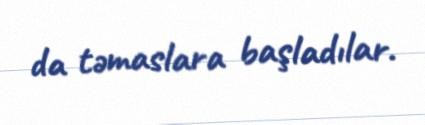
da təmaslara başladılar.